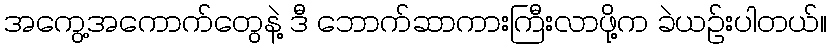
အကွေ့အကောက်တွေနဲ့ ဒီ ဘောက်ဆာကားကြီးလာဖို့က ခဲယဉ်းပါတယ်။